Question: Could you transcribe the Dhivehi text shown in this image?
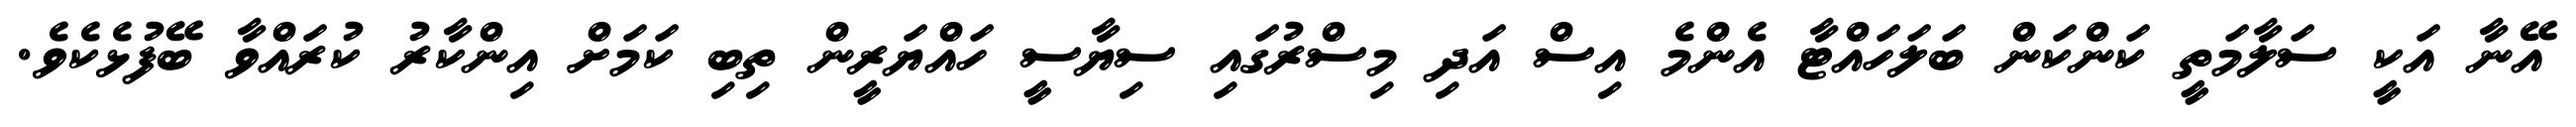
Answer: އޭނާ އަކީ ސަލާމަތީ ކަންކަން ބަލަހައްޓާ އެންމެ އިސް އަދި މިސްރުގައި ސިޔާސީ ހައްޔަރީން ތިބި ކަމަށް އިންކާރު ކުރައްވާ ބޭފުޅެކެވެ.